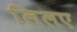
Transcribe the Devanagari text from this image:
लिलए